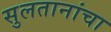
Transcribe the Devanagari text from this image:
सुलतानांचा